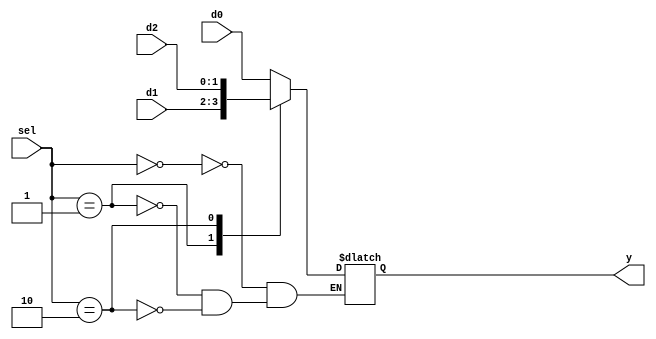
module b2_mux_3_1_case_latch
(
    input      [1:0] d0, d1, d2, 
    input      [1:0] sel,
    output reg [1:0] y
);

    always @(*)
        case (sel)
        2'b00: y = d0;
        2'b01: y = d1;
        2'b10: y = d2;
        endcase

endmodule

module b2_mux_3_1_case_correct
(
    input      [1:0] d0, d1, d2, 
    input      [1:0] sel,
    output reg [1:0] y
);

    always @(*)
        case (sel)
        2'b00: y = d0;
        2'b01: y = d1;
        default: y = d2;
        endcase

endmodule

module b2_mux_3_1_casez_correct
(
    input      [1:0] d0, d1, d2, 
    input      [1:0] sel,
    output reg [1:0] y
);

    always @(*)
        case (sel)
        2'b00: y = d0;
        2'b01: y = d1;
        2'b10: y = d2;
		  default: y=2'bzz;
        endcase

endmodule

module lab4
(
    input   [ 1:0]  KEY,
    input   [ 9:0]  SW,
    output  [ 9:0]  LEDR
);

	b2_mux_3_1_case_latch b2_mux_3_1_case_latch(.d0(SW[1:0]),.d1(SW[3:2]),.d2(SW[5:4]),.sel(KEY[1:0]),.y(LEDR[1:0]));
	b2_mux_3_1_case_correct b2_mux_3_1_case_correct(.d0(SW[1:0]),.d1(SW[3:2]),.d2(SW[5:4]),.sel(KEY[1:0]),.y(LEDR[3:2]));
	b2_mux_3_1_casez_correct b2_mux_3_1_casez_correct(.d0(SW[1:0]),.d1(SW[3:2]),.d2(SW[5:4]),.sel(KEY[1:0]),.y(LEDR[5:4]));
	
endmodule